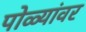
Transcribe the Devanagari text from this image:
पोळ्यांवर